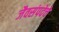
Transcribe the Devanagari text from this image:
जैवसंपदेचे